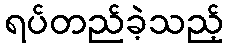
ရပ်တည်ခဲ့သည့်